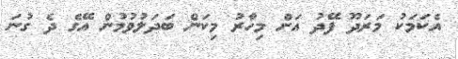
އެކަމަކު މަރަދޫ ފޭދު އަށް މިހާރު މިކަން ބަދަލުވުމުން އޭގެ ދެ ގުނަ